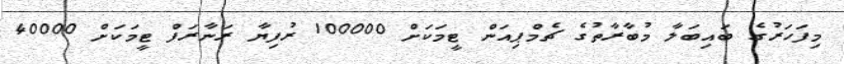
މިފަހަރުގެ ބައިބަލާ މުބާރާތުގެ ޗެމްޕިއަން ޓީމަކަށް 100000 ރުފިޔާ ރަނާރަފް ޓީމަކަށް 40000